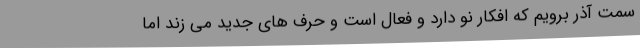
سمت آذر برویم که افکار نو دارد و فعال است و حرف های جدید می زند اما